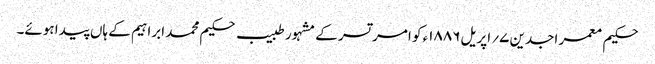
حکیم معمر اجدین ۷؍ اپریل ۱۸۸۶ء کو امر تسر کے مشہور طبیب حکیم محمد ابراہیم کے ہاں پیدا ہوئے۔